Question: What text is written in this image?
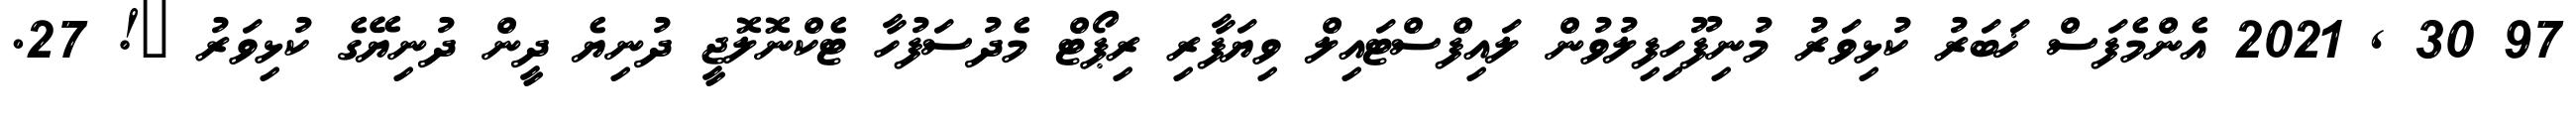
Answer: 97 30 , 2021 އެންމެފަސް ޚަބަރު ކުޅިވަރު މުނިފޫހިފިލުވުން ލައިފްސްޓައިލް ވިޔަފާރި ރިޕޯޓް މެދުސަފުހާ ޓެކްނޮލޮޖީ ދުނިޔެ ދީން ދުނިޔޭގެ ކުޅިވަރު ?! 27.